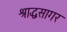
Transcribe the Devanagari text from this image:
श्राद्धसागर